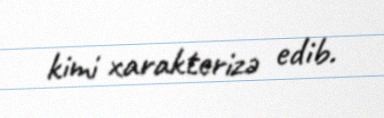
kimi xarakterizə edib.